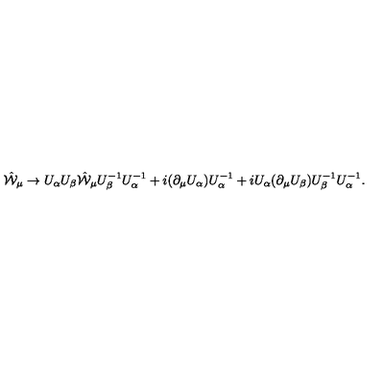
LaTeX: \hat { \cal W } _ { \mu } \to U _ { \alpha } U _ { \beta } \hat { \cal W } _ { \mu } U _ { \beta } ^ { - 1 } U _ { \alpha } ^ { - 1 } + i ( \partial _ { \mu } U _ { \alpha } ) U _ { \alpha } ^ { - 1 } + i U _ { \alpha } ( \partial _ { \mu } U _ { \beta } ) U _ { \beta } ^ { - 1 } U _ { \alpha } ^ { - 1 } .